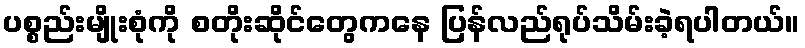
ပစ္စည်းမျိုးစုံကို စတိုးဆိုင်တွေကနေ ပြန်လည်ရုပ်သိမ်းခဲ့ရပါတယ်။